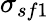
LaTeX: \sigma_{sf1}